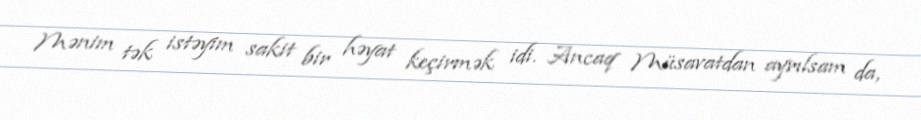
Mənim tək istəyim sakit bir həyat keçirmək idi. Ancaq Müsavatdan ayrılsam da,